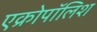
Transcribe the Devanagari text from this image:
एक्रोपॉलिश